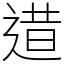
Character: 逪